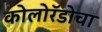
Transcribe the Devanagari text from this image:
कोलोरॅडोचा